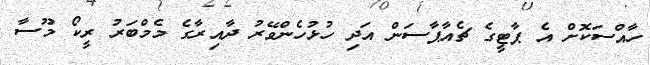
ހާއްސަކޮށް އެ ޕާޓީގެ ޗެއާޕާސަން އަދި ހުޅުހެންވޭރު ދާއިރާގެ މެމްބަރު ރީކޯ މޫސާ